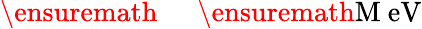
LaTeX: \ensuremath{\mathrm{~\textrm~{~\, ~}~}}\ensuremath{\mathrm{\mathrm{M}\ eV}}